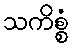
သကိစ္စံ